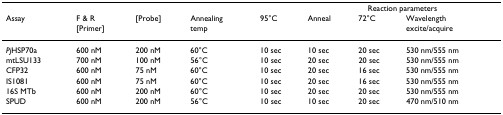
<table><thead><tr><td></td><td></td><td></td><td></td><td></td><td colspan="3"><b>Reaction parameters</b></td></tr><tr><td><b>Assay</b></td><td><b>F &amp; R [Primer]</b></td><td><b>[Probe]</b></td><td><b>Annealing temp</b></td><td><b>95°C</b></td><td><b>Anneal</b></td><td><b>72°C</b></td><td><b>Wavelength excite/acquire</b></td></tr></thead><tbody><tr><td><i>Pj</i>HSP70a</td><td>600 nM</td><td>200 nM</td><td>60°C</td><td>10 sec</td><td>10 sec</td><td>20 sec</td><td>530 nm/555 nm</td></tr><tr><td>mtLSU133</td><td>700 nM</td><td>100 nM</td><td>56°C</td><td>10 sec</td><td>20 sec</td><td>20 sec</td><td>530 nm/555 nm</td></tr><tr><td>CFP32</td><td>600 nM</td><td>75 nM</td><td>60°C</td><td>10 sec</td><td>20 sec</td><td>16 sec</td><td>530 nm/555 nm</td></tr><tr><td>IS1081</td><td>600 nM</td><td>75 nM</td><td>60°C</td><td>10 sec</td><td>20 sec</td><td>16 sec</td><td>530 nm/555 nm</td></tr><tr><td>16S MTb</td><td>600 nM</td><td>200 nM</td><td>60°C</td><td>10 sec</td><td>20 sec</td><td>20 sec</td><td>530 nm/555 nm</td></tr><tr><td>SPUD</td><td>600 nM</td><td>200 nM</td><td>56°C</td><td>10 sec</td><td>10 sec</td><td>20 sec</td><td>470 nm/510 nm</td></tr></tbody></table>